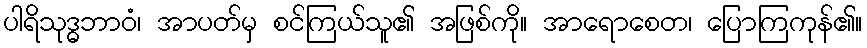
ပါရိသုဒ္ဓဘာဝံ၊ အာပတ်မှ စင်ကြယ်သူ၏ အဖြစ်ကို။ အာရောစေတ၊ ပြောကြကုန်၏။